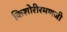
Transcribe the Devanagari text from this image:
किशोरीरमणजी